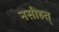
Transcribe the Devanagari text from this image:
नसीहत्